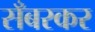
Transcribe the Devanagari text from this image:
सँबरकर